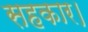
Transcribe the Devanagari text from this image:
सहकार।